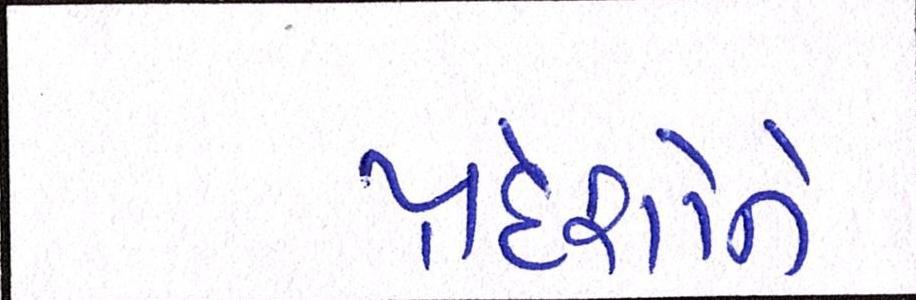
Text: પ્રદેશોને